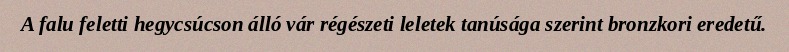
A falu feletti hegycsúcson álló vár régészeti leletek tanúsága szerint bronzkori eredetű.